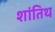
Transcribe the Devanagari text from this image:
शांतिथ